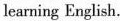
learning English.